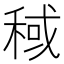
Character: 稢